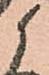
候